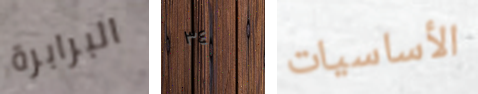
البرابرة ٣٤ الأساسيات